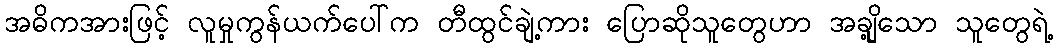
အဓိကအားဖြင့် လူမှုကွန်ယက်ပေါ်က တီထွင်ချဲ့ကား ပြောဆိုသူတွေဟာ အချို့သော သူတွေရဲ့